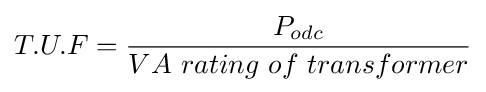
T.U.F={\frac {P_{odc}}{VA\ rating\ of\ transformer}}